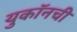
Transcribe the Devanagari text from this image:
युकॉनची